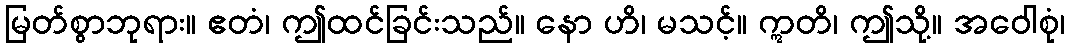
မြတ်စွာဘုရား။ ဧတံ၊ ဤထင်ခြင်းသည်။ နော ဟိ၊ မသင့်။ ဣတိ၊ ဤသို့။ အဝေါစုံ၊